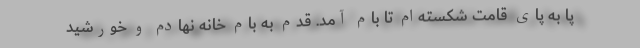
پا به پای قامت شکسته‌ام تا بام آمد. قدم به بام خانه نهادم و خورشید